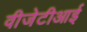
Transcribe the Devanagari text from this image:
वीजेटीआई